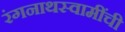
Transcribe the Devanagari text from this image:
रंगनाथस्वामींची